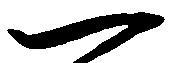
一